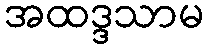
အထဒ္ဒသာမ